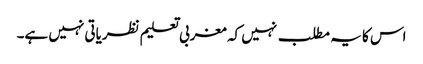
اس کا یہ مطلب نہیں کہ مغربی تعلیم نظریاتی نہیں ہے۔